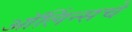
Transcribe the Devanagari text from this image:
ऑर्लिन्सचे